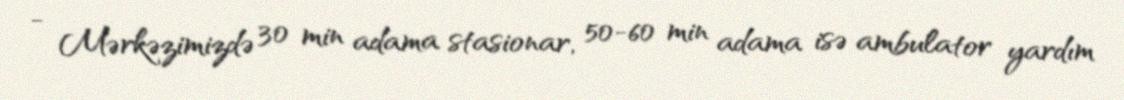
- Mərkəzimizdə 30 min adama stasionar, 50-60 min adama isə ambulator yardım